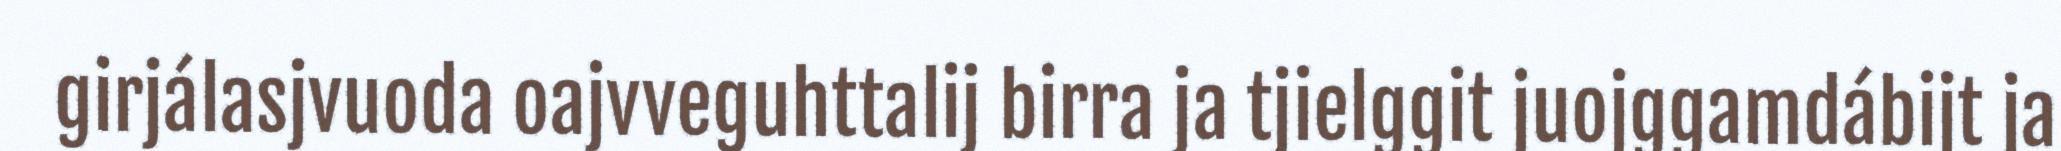
girjálasjvuoda oajvveguhttalij birra ja tjielggit juojggamdábijt ja